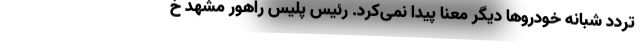
تردد شبانه خودروها دیگر معنا پیدا نمی‌کرد. رئیس پلیس راهور مشهد خ